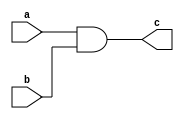
module and_dl(a, b, c);
input a, b;
output c;

assign c = a & b;

endmodule

module and1_tb;

reg a, b;
wire c;

and_dl i(a, b, c);

initial
begin
	a=1'b0;
	b=1'b0;
	$monitor("Time:%0t a=%b b=%b c=%b",$time, a, b, c);
	#5 a=1'b0; b=1'b0;
	#5 a=1'b0; b=1'b1;
	#5 a=1'b1; b=1'b0;
	#5 a=1'b1; b=1'b1;
end
endmodule